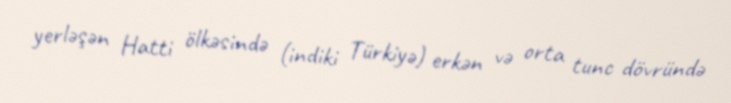
yerləşən Hatti ölkəsində (indiki Türkiyə) erkən və orta tunc dövründə